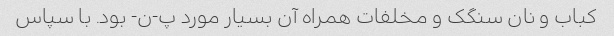
کباب و نان سنگک و مخلفات همراه آن بسیار مورد پ-ن- بود. با سپاس